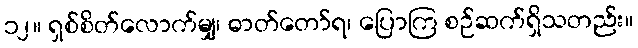
၁၂။ ရှစ်စိတ်လောက်မျှ၊ ဓာတ်တော်ရ၊ ပြောကြ စဉ်ဆက်ရှိသတည်း။